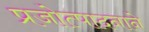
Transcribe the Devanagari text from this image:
प्रजोत्पादनाने